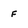
Character: f